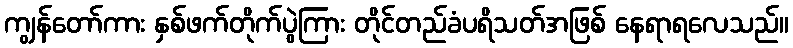
ကျွန်တော်ကား နှစ်ဖက်တိုက်ပွဲကြား တိုင်တည်ခံပရိသတ်အဖြစ် နေရာရလေသည်။